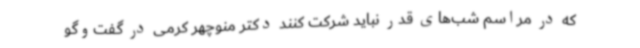
که در مراسم شب‌های قدر نباید شرکت کنند دکتر منوچهر کرمی در گفت‌وگو